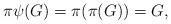
LaTeX: \begin{align*}\pi\psi(G) = \pi(\pi(G)) =G,\end{align*}